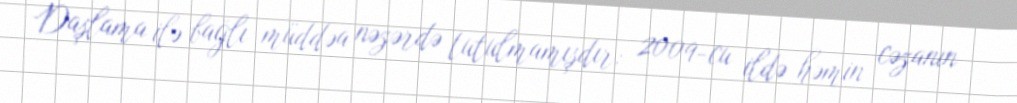
Daşlama ilə bağlı müddəa nəzərdə tutulmamışdır: 2009-cu ildə həmin cəzanın